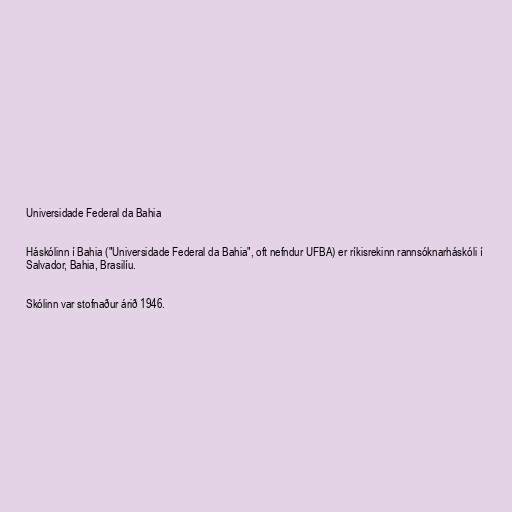
Universidade Federal da Bahia

Háskólinn í Bahia ("Universidade Federal da Bahia", oft nefndur UFBA) er ríkisrekinn rannsóknarháskóli í
Salvador, Bahia, Brasilíu.

Skólinn var stofnaður árið 1946.